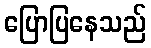
ပြောပြနေသည်